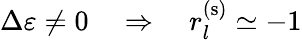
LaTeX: \Delta\varepsilon\neq 0\quad\Rightarrow\quad r_{l}^{(\mathrm{s})}\simeq-1